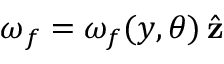
\boldsymbol { \omega } _ { f } = { \omega } _ { f } ( y , \theta ) \, \hat { \mathbf z }